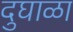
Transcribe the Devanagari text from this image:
दुघाळा